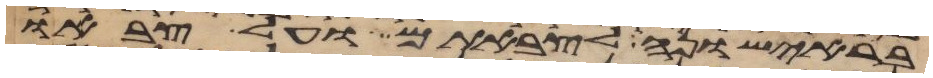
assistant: בראישונה לצבאתם ועל צבאו